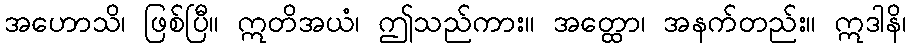
အဟောသိ၊ ဖြစ်ပြီ။ ဣတိအယံ၊ ဤသည်ကား။ အတ္ထော၊ အနက်တည်း။ ဣဒါနိ၊